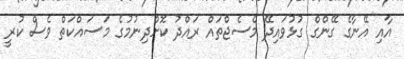
އާއި އޭނާގެ ގޭންގް ގުޅުވައިދޭ މެސެޖްތައް ރައްދު ކޮށްދިނުމުގެ މަސައްކަތް ވެސް ކުރީ